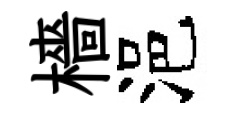
檣浥